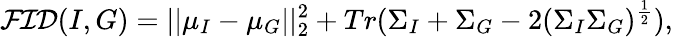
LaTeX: \mathcal{FID}(I,G)=||\mu_{I}-\mu_{G}||_{2}^{2}+Tr(\Sigma_{I}+\Sigma_{G}-2(\Sigma_{I}\Sigma_{G})^{\frac{1}{2}}),